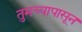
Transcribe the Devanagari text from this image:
तुमच्यापासून